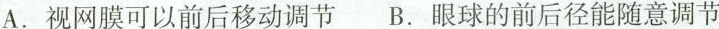
A.视网膜可以前后移动调节 B.眼球的前后径能随意调节